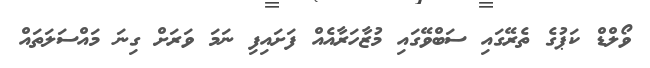
ވޯލްޑް ކަޕުގެ ތެރޭގައި ސަބްވޭގައި މުޒާހަރާއެއް ފަށައިފި ނަމަ ވަރަށް ގިނަ މައްސަލަތައް